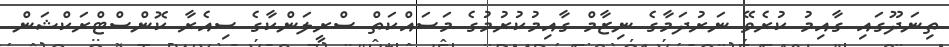
ތިނަދޫގައި ގާއިމު ކުރެވޭ ނަރުދަމާގެ ނިޒާމް ގާއިމުކުރުމުގެ މަސައްކަތް ސްރީލަންކާގެ ސިއެރާ ކޮންސްޓްރަކްޝަން